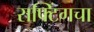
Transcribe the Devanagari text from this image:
राफ्टिंगचा